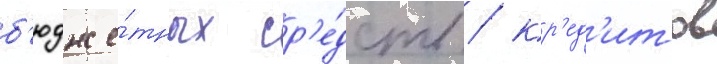
б'юдже́тных ср'е́дств / кр'ед'итов